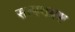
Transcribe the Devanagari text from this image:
सत्पथभ्रष्ट